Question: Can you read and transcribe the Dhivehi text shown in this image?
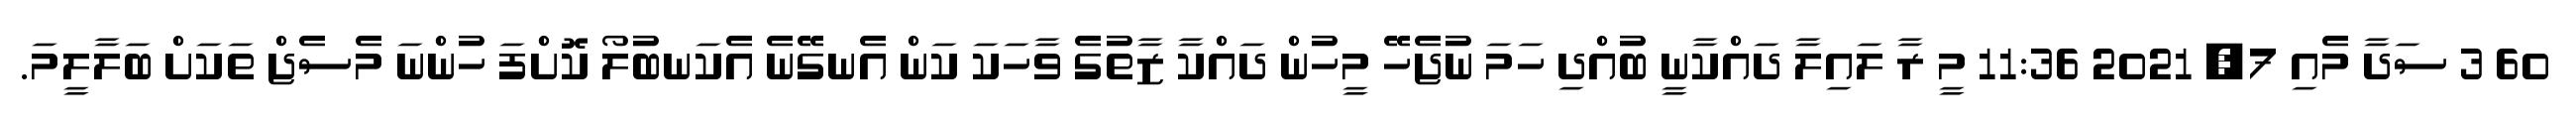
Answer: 60 3 ސަދާ މެއި 7, 2021 11:36 މީ ރާ ލައިލާ ދައްކާނީ ބުއްދި ހަމަ ނުޖެހޭ މީހުން ދައްކާ ޒާތުގެ ވާހަކަ ކަން އެނގޭނެ އެކަނބުލޯ ކޮށްފަ ހުންނަ މެސެޖް ތަކަށް ބަލާލީމަ.